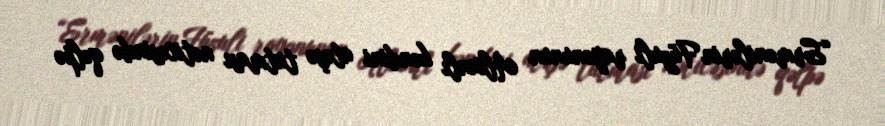
“Ermənilərin Füzuli rayonunun Alxanlı kəndini atəşə tutması nəticəsində qəlpə